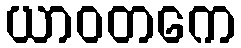
ယာဝတကေ